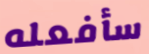
سأفعله